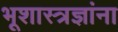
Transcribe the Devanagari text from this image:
भूशास्त्रज्ञांना